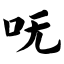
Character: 呒